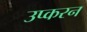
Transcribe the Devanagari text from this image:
उप्करन